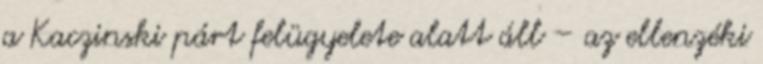
a Kaczinski párt felügyelete alatt áll – az ellenzéki